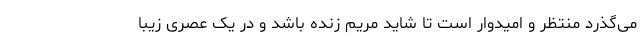
می‌گذرد منتظر و امیدوار است تا شاید مریم زنده باشد و در یک عصری زیبا